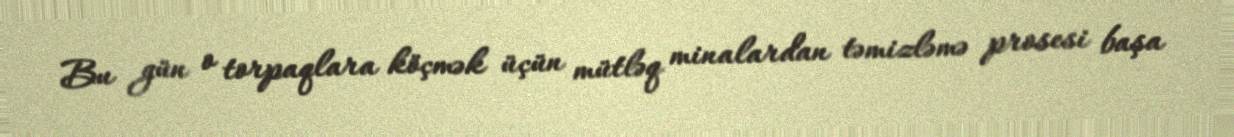
Bu gün o torpaqlara köçmək üçün mütləq minalardan təmizləmə prosesi başa